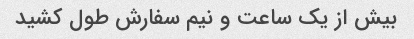
بیش از یک ساعت و نیم سفارش طول کشید